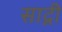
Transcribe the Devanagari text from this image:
साद्गी